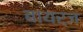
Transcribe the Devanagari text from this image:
बायर्ज